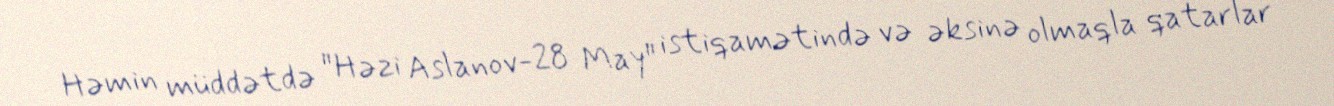
Həmin müddətdə "Həzi Aslanov-28 May" istiqamətində və əksinə olmaqla qatarlar